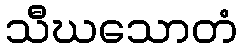
သီဃသောတံ